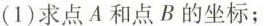
(1)求点A和点B的坐标；